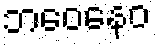
ဘဝေနေဝ